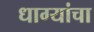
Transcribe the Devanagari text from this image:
धाग्यांचा